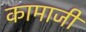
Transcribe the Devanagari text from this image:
कामाजी